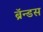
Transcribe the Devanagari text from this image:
ब्रॅन्डस